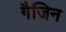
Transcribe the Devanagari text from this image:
गैजिन